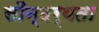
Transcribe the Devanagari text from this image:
सौन्‍दर्यता